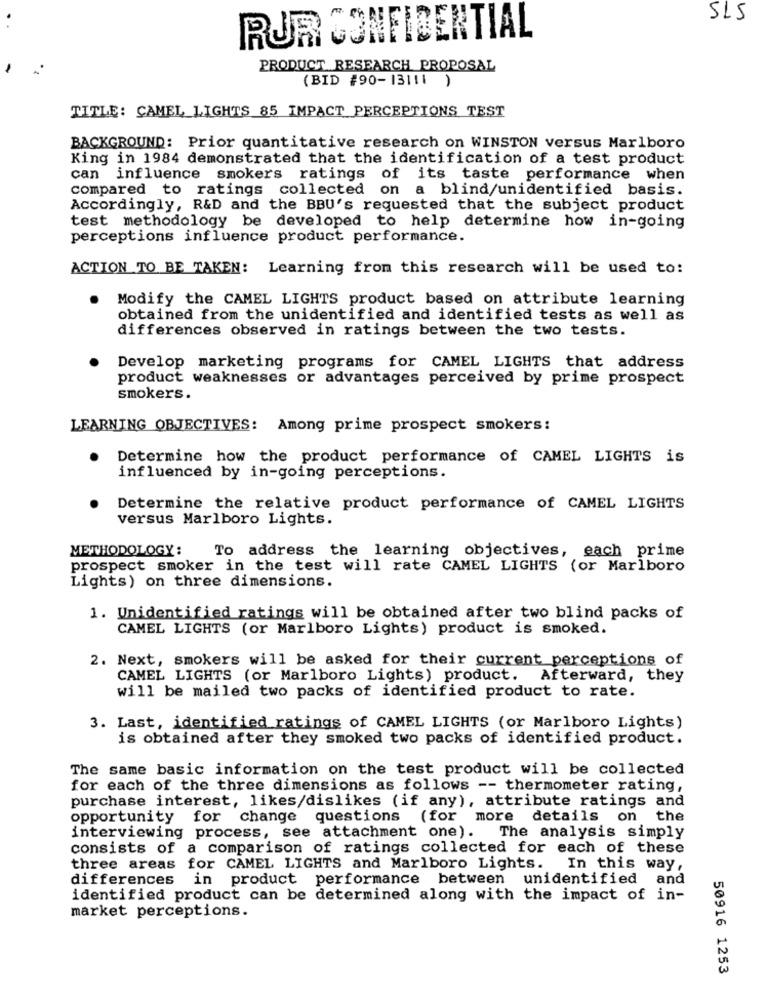
515
RUR CONFIDENTIAL
PRODUCT RESEARCH PROPOSAL
(BID #90-13111 )
TITLE: CAMEL LIGHTS 85 IMPACT PERCEPTIONS TEST
BACKGROUND: Prior quantitative research on WINSTON versus Marlboro
King in 1984 demonstrated that the identification of a test product
can influence smokers ratings of its taste performance when
compared to ratings collected on a blind/unidentified basis.
Accordingly, R&D and the BBU's requested that the subject product
test methodology be developed to help determine how in-going
perceptions influence product performance.
ACTION TO BE TAKEN: Learning from this research will be used to:
Modify the CAMEL LIGHTS product based on attribute learning
obtained from the unidentified and identified tests as well as
differences observed in ratings between the two tests.
Develop marketing programs for CAMEL LIGHTS that address
product weaknesses or advantages perceived by prime prospect
smokers.
LEARNING OBJECTIVES: Among prime prospect smokers:
Determine how the product performance of CAMEL LIGHTS is
influenced by in-going perceptions.
Determine the relative product performance of CAMEL LIGHTS
versus Marlboro Lights.
METHODOLOGY:
To address the learning objectives, each prime
prospect smoker in the test will rate CAMEL LIGHTS (or Marlboro
Lights) on three dimensions.
1. Unidentified ratings will be obtained after two blind packs of
CAMEL LIGHTS (or Marlboro Lights) product is smoked.
2. Next, smokers will be asked for their current perceptions of
CAMEL LIGHTS (or Marlboro Lights) product. Afterward, they
will be mailed two packs of identified product to rate.
3. Last, identified ratings of CAMEL LIGHTS (or Marlboro Lights)
is obtained after they smoked two packs of identified product.
The same basic information on the test product will be collected
for each of the three dimensions as follows -- thermometer rating,
purchase interest, likes/dislikes (if any), attribute ratings and
opportunity for change questions (for more
details on
the
interviewing process, see attachment one). The analysis simply
consists of a comparison of ratings collected for each of these
three areas for CAMEL LIGHTS and Marlboro Lights. In this way,
differences in product performance between unidentified and
identified product can be determined along with the impact of in-
market perceptions.
50916 1253